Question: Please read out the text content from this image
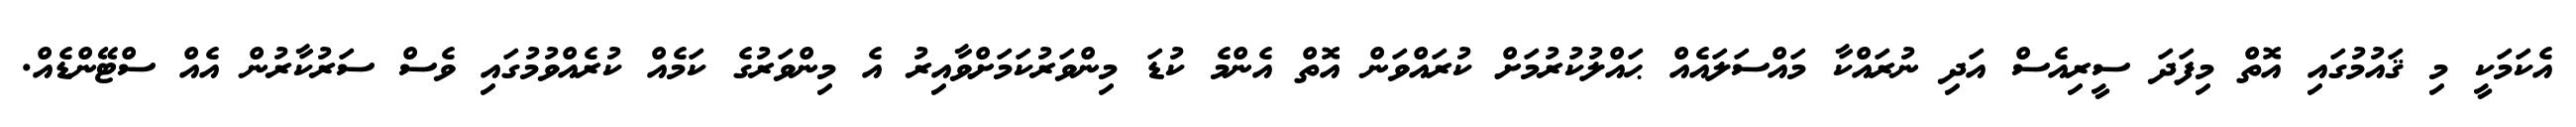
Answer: އެކަމަކީ މި ޤައުމުގައި އޮތް މިފަދަ ސީރިއެސް އަދި ނުރައްކާ މައްސަލައެއް ޙައްލުކުރުމަށް ކުރައްވަން އޮތް އެންމެ ކުޑަ މިންވަރުކަމަށްވާއިރު އެ މިންވަރުގެ ކަމެއް ކުރެއްވުމުގައި ވެސް ސަރުކާރުން އެއް ސްޓޭންޑެއް.